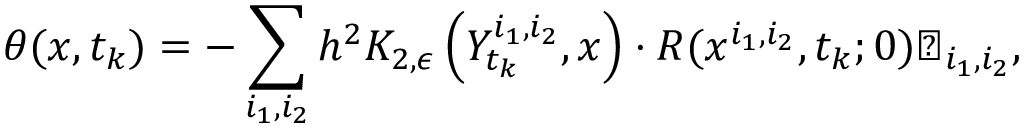
\theta ( x , t _ { k } ) = - \sum _ { i _ { 1 } , i _ { 2 } } h ^ { 2 } K _ { 2 , \epsilon } \left( Y _ { t _ { k } } ^ { i _ { 1 } , i _ { 2 } } , x \right) \cdot R ( x ^ { i _ { 1 } , i _ { 2 } } , t _ { k } ; 0 ) \varTheta _ { i _ { 1 } , i _ { 2 } } ,